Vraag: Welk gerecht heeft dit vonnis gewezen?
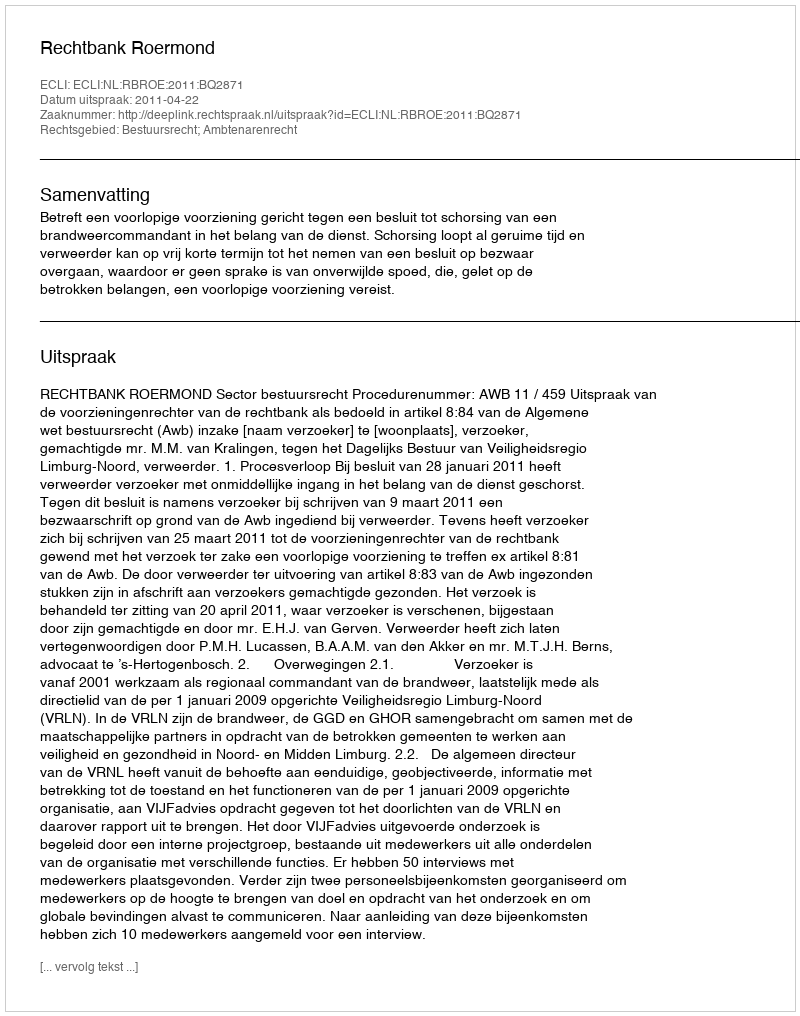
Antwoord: Rechtbank Roermond